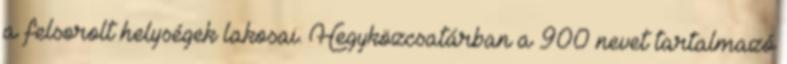
a felsorolt helységek lakosai. Hegyközcsatárban a 900 nevet tartalmazó